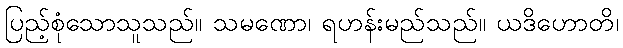
ပြည့်စုံသောသူသည်။ သမဏော၊ ရဟန်းမည်သည်။ ယဒိဟောတိ၊